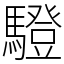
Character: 䮴